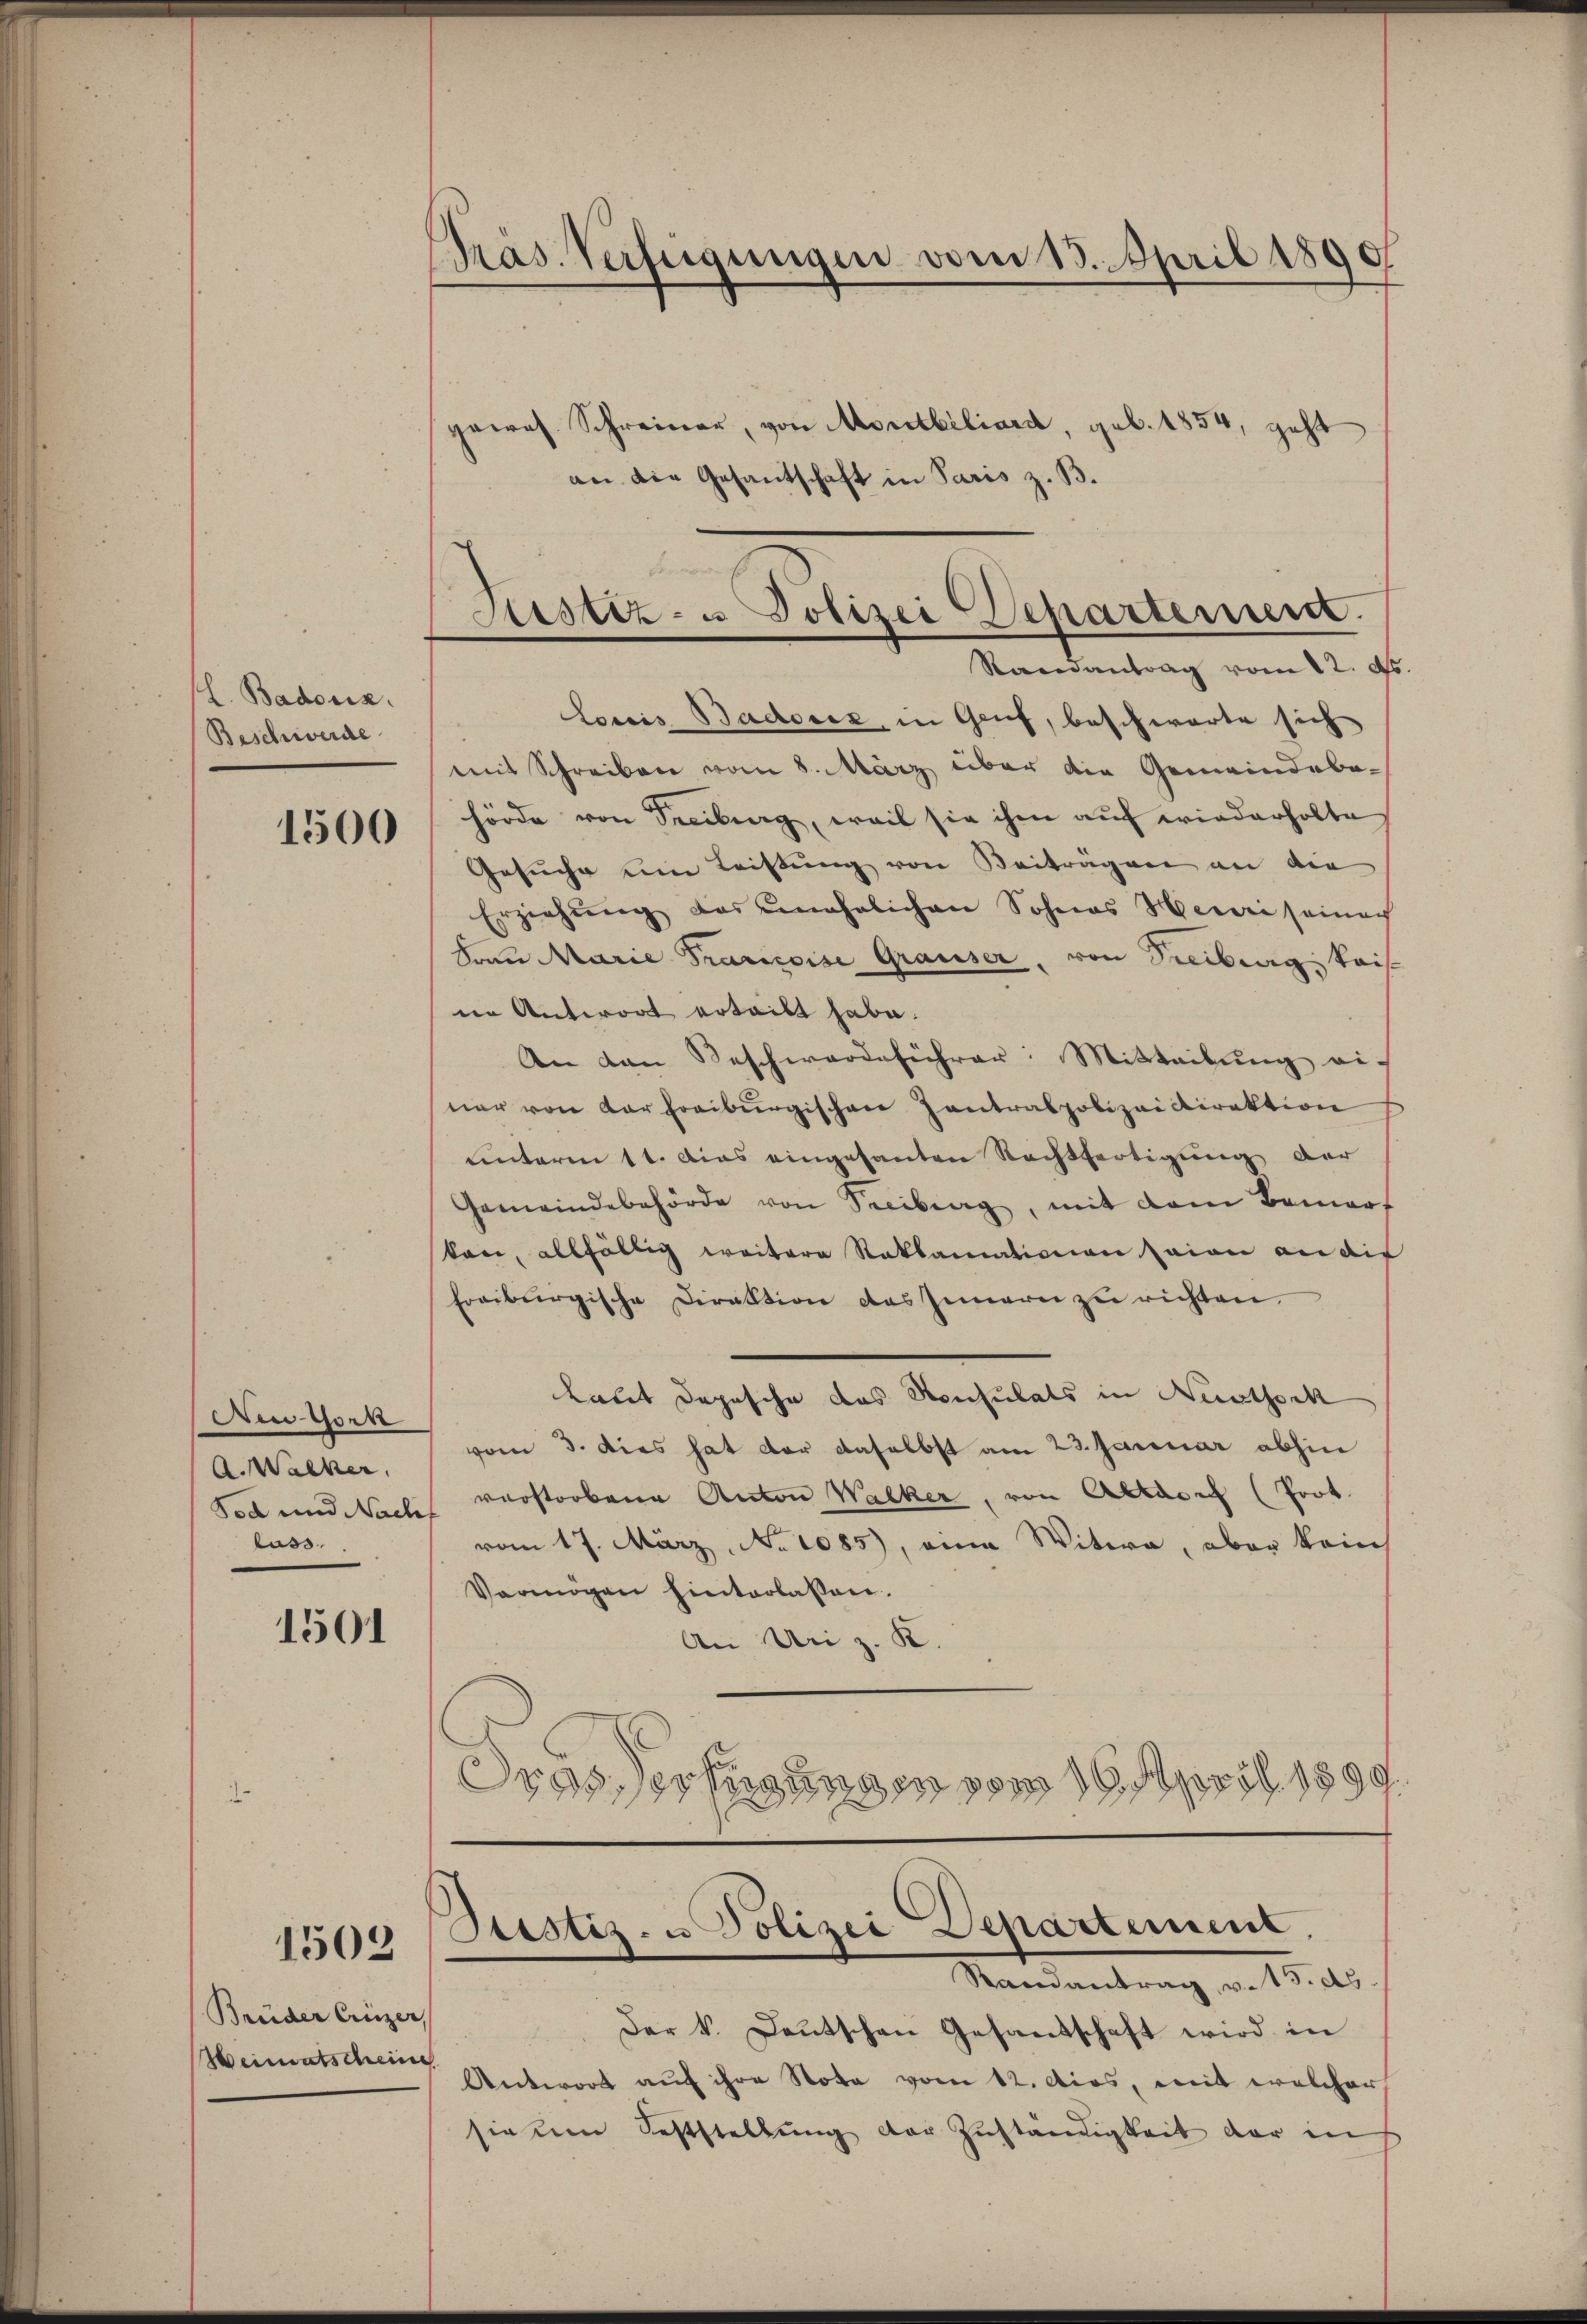
h. Badouiz.
Beschwerde
1500

Ain York
A. Walker,
Tod und Nach
luss.

1501

1503

Brüder Creizer,
Weimatscheine

Präs. Verfügungen vom 13. April 1890

an die Gesantschaft in Paris z. B.
Louis Badouiz, in Gruf, beschwarte sich
mit Schreiben vom 8. März über die Gemeindebe-
hörde von Treibung, weil sie ihm auf wiederholte
Gesuche um Leistung von Beitragen an die
Erziehŭng des unehelichen Sohnes Herre seiner
Frau Marie Prancoise Grauser, von Treiburg, Kais
ne Antwort erteilt habe.
An den Beschwerdeführer: Mitteilung einer von der freiburgischen Zantralpolizeidirektion
unterm 11. dies eingesanten Rechtfertigung der
Gemeindebehörde von Secibung, mit dem Bemers
kan, allfällig weitere Reklamationen seien an die
Freiburgische Direktion des Innern zŭ richten.
kaut Depesche das Konsulats in Neuthock
vom 3. Dies hat der daselbst am 23. Januar abhin
verstorbene Anton Walker, von Altarich (Prot.
vom 17. März, No 1085), eine Witwe, aber kein
Vermögen hinterlassen.
An Uri z. K.
Oras erfügungen vom 16. April 1899.

gepos. Schreiner, von Montbiliard, geb. 1854, geht

Sistiz- u Polizei Departement.
Randantrag vom 12. ds.

Stistiz- u Polizei Departement,
Randantrag, v. 15. ds.

Der k. Deutschen Gesandschaft wird in
Antwort auf ihre Note vom 12. dies, mit welcher
sie um Feststellung der Zuständigkeit der in